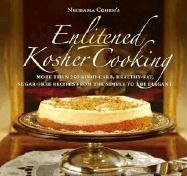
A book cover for Enlitened Kosher Cooking; Nechama Cohen; Cookbooks, Food & Wine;